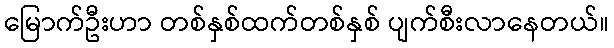
မြောက်ဦးဟာ တစ်နှစ်ထက်တစ်နှစ် ပျက်စီးလာနေတယ်။